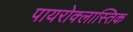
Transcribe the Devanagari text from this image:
पायरोक्लास्तिक